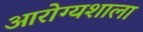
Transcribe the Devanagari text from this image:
आरोग्यशाला